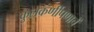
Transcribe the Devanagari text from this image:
कुलकर्णीपणाचें